Laimjala_vallavalitsus, lk 26
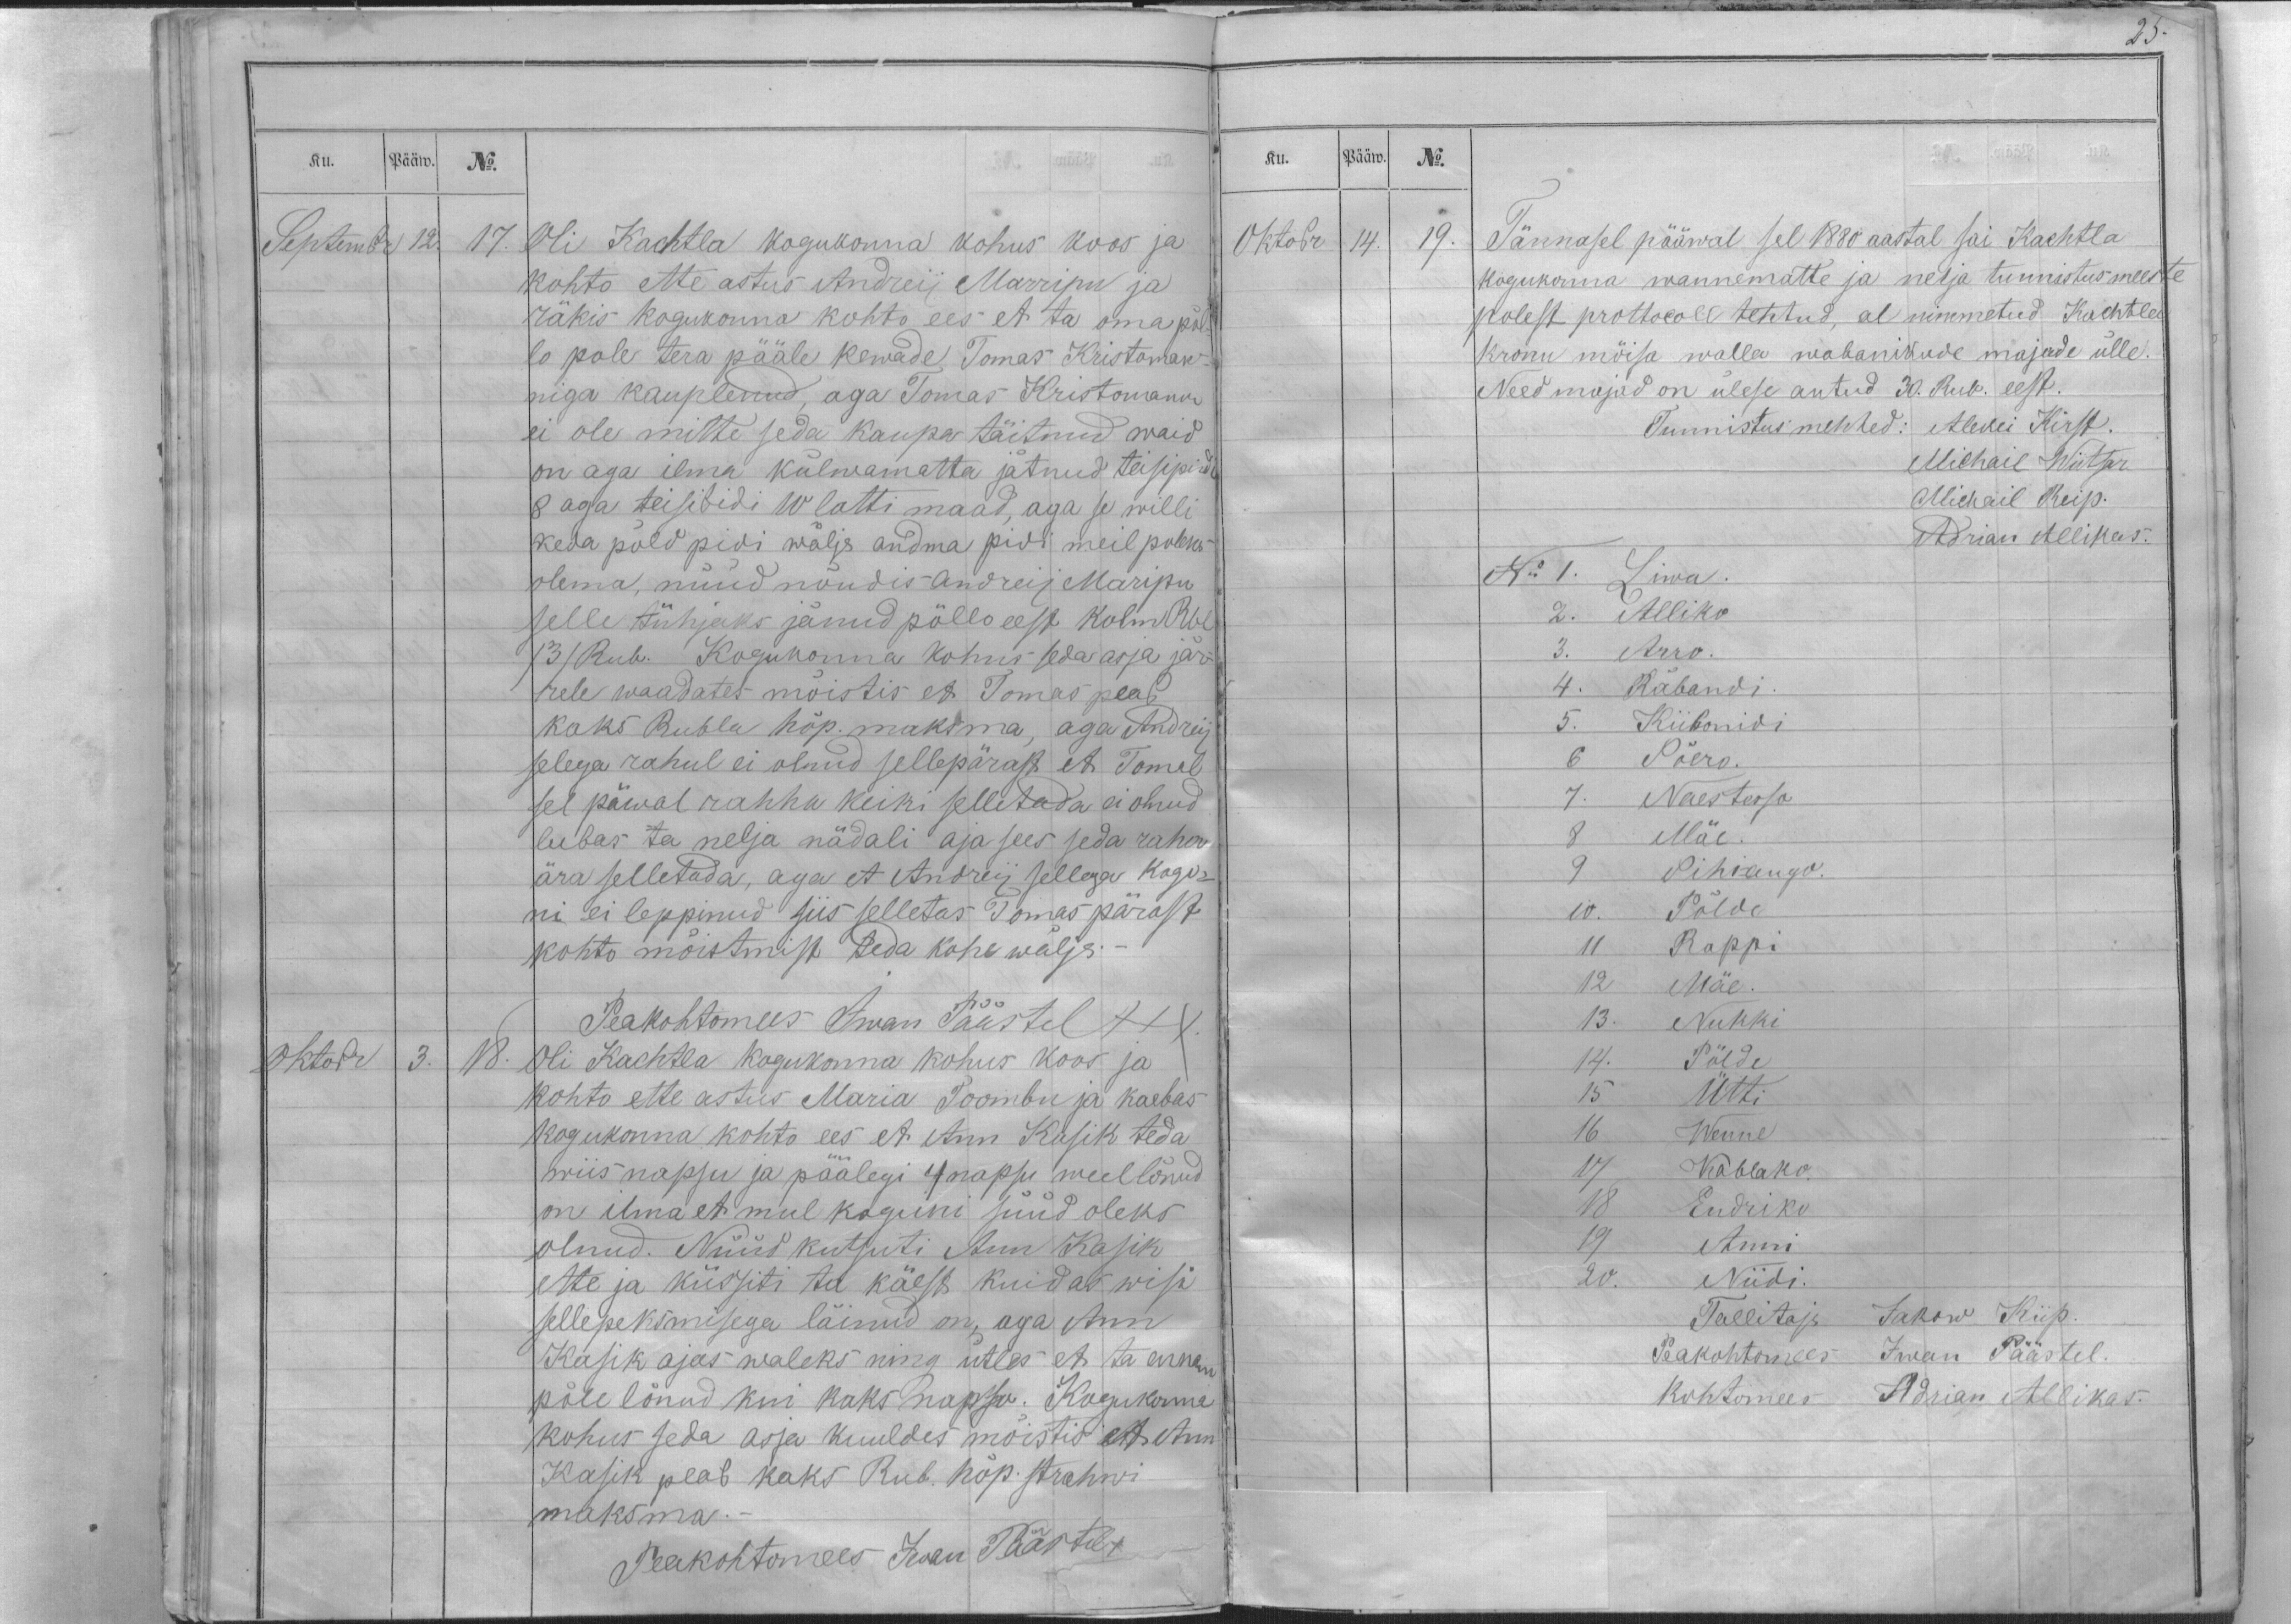
Ku.
Pääw.
No.
Septembr
12.
17.
Oli Kachtla kogukonna kohus koos ja
kohto ette astus Andreij Marripu ja
räkis kogukonna kohto ees et ta oma põl-
lo pole tera pääle kewade, Tomas Kristoman-
niga kauplenud, aga Tomas Kristomann
ei ole mitte seda kaupa täitnud waid
on aga ilma külwamatta jätnud teisipidi
8 aga teisibidi 10 latti maad, aga se willi
keda põld pidi wälja andma pidi meil poleks
olema, nüüd nõudis Andreij Maripu
selle tühjaks jänud pöllo eest kolm Rbl
/3/ Rub. Kogukonna kohus seda asja jär-
rele waadates mõistis et Tomas peab
kaks Rubla hõp. maksma, aga Andreij
selega rahul ei olnud sellepärast et Tomal
sel päwal rahha keiki selletada ei olnud
lubas ta nelja nädali aja sees seda raha
ära selletada, aga et Andreij sellega kogo-
ni ei leppinud siis selletas Tomas pärast
kohto mõistmist teda kohe wälja.-
Peakohtomees Iwan Päästel XXX.
Oktobr
3.
18.
Oli Kachtla kogukonna kohus koos ja
kohto ette astus Maria Toombu ja kaebas
kogukonna kohto ees et Ann Kasik teda
wiis napsu ja päälegi 4 napsu weel lönud
on ilma et mul koguni süüd oleks
olnud. Nüüd kutsuti Ann Kasik
ette ja küssiti ta käest kuidas wisi
sellepeksmisega läinud on, aga Ann
Kasik ajas waleks ning ütles et ta ennam
põle lönud kui kaks napso. Kogukonna
kohus seda asja kuuldes mõistis et Ann
Kasik peab kaks Rub. hõp. strahwi
maksma.-
Peakohtomees Iwan Päästel X

Ku.
Pääw.
No.
Oktobr
14.
19.
Tännasel pääwal sel 1880 aastal sai Kachtla
kogukonna wannematte ja nelja tunnistus meeste
polest prottocoll tehtud, al nimmetud Kachtla
kronu mõisa walla wabanikude majade ülle.
Need majad on ülese antud 30. Rub. eest.
Tunnistus mehhed: Alexei Kirst.
Michail Wiitsar.
Michail Reip.
Adrian Allikas.
No 1. Liwa.
2. Alliko
3. Arro.
4. Räbandi.
5. Kiibonidi
6 Sõero.
7. Naestesso
8 Mäe.
9 Sihi-augo.
10. Põlde
11 Rappi
12 Mäe.
13. Nukki
14. Põlde
15 Ütti
16 Wenne
17 Kablako.
18 Endriko
19 Anni
20. Niidi.
Tallitaja Jakow Kiip.
Peakohtomees Iwan Päästel.
Kohtomees Adrian Allikas.